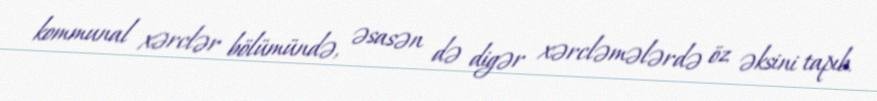
kommunal xərclər bölümündə, əsasən də digər xərcləmələrdə öz əksini tapıb.